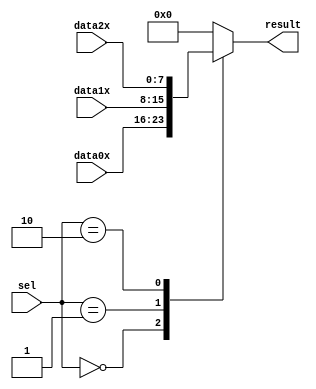
module mux3to1my (
	data0x,
	data1x,
	data2x,
	sel,
	result);

	input	[7:0]  data0x;
	input	[7:0]  data1x;
	input	[7:0]  data2x;
	input	[2:0]  sel;
	output reg [7:0]  result;

	always @(*)
	begin
		case (sel)
			3'b000: result <= data0x;
			3'b001: result <= data1x;
			3'b010: result <= data2x;
			
			default: result <= 8'b0;
		endcase
	end
	
endmodule